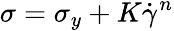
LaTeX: \sigma=\sigma_{y}+K{\dot{\gamma}}^{n}